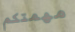
مهمتكم